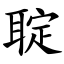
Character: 聢